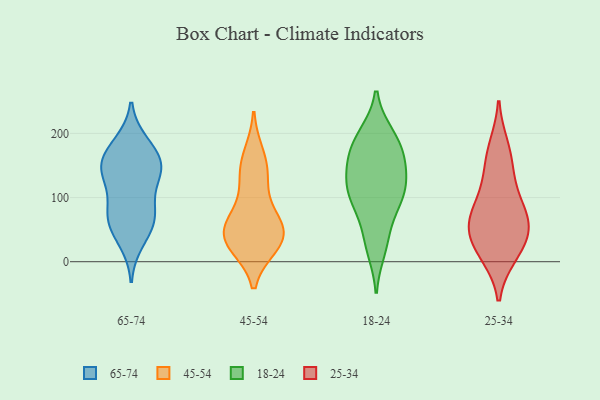
{"axis": {"x": "Demand Index", "y": "Value"}, "legend": ["18-24", "25-34", "45-54", "65-74"], "data": [{"x": "", "y": 127, "type": "65-74"}, {"x": "", "y": 69, "type": "65-74"}, {"x": "", "y": 151, "type": "65-74"}, {"x": "", "y": 67, "type": "65-74"}, {"x": "", "y": 161, "type": "65-74"}, {"x": "", "y": 145, "type": "65-74"}, {"x": "", "y": 185, "type": "65-74"}, {"x": "", "y": 139, "type": "65-74"}, {"x": "", "y": 144, "type": "65-74"}, {"x": "", "y": 180, "type": "65-74"}, {"x": "", "y": 74, "type": "65-74"}, {"x": "", "y": 90, "type": "65-74"}, {"x": "", "y": 52, "type": "65-74"}, {"x": "", "y": 31, "type": "65-74"}, {"x": "", "y": 143, "type": "45-54"}, {"x": "", "y": 40, "type": "45-54"}, {"x": "", "y": 34, "type": "45-54"}, {"x": "", "y": 49, "type": "45-54"}, {"x": "", "y": 32, "type": "45-54"}, {"x": "", "y": 165, "type": "45-54"}, {"x": "", "y": 58, "type": "45-54"}, {"x": "", "y": 127, "type": "45-54"}, {"x": "", "y": 75, "type": "45-54"}, {"x": "", "y": 27, "type": "45-54"}, {"x": "", "y": 19, "type": "18-24"}, {"x": "", "y": 39, "type": "18-24"}, {"x": "", "y": 164, "type": "18-24"}, {"x": "", "y": 158, "type": "18-24"}, {"x": "", "y": 116, "type": "18-24"}, {"x": "", "y": 100, "type": "18-24"}, {"x": "", "y": 109, "type": "18-24"}, {"x": "", "y": 173, "type": "18-24"}, {"x": "", "y": 142, "type": "18-24"}, {"x": "", "y": 197, "type": "18-24"}, {"x": "", "y": 198, "type": "18-24"}, {"x": "", "y": 79, "type": "18-24"}, {"x": "", "y": 112, "type": "18-24"}, {"x": "", "y": 117, "type": "25-34"}, {"x": "", "y": 70, "type": "25-34"}, {"x": "", "y": 45, "type": "25-34"}, {"x": "", "y": 85, "type": "25-34"}, {"x": "", "y": 179, "type": "25-34"}, {"x": "", "y": 61, "type": "25-34"}, {"x": "", "y": 152, "type": "25-34"}, {"x": "", "y": 15, "type": "25-34"}, {"x": "", "y": 47, "type": "25-34"}, {"x": "", "y": 11, "type": "25-34"}]}